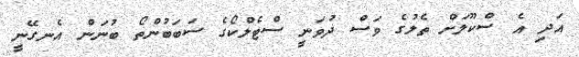
އަދި އެ ސްކޫލަށް ތެލުގެ ވަސް ދުވަނީ ސްޓެލްކޯގެ ސަބަބުންތޯ ބުނަން އެނގޭނީ